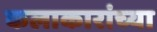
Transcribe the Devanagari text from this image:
कलाकारांच्‍या